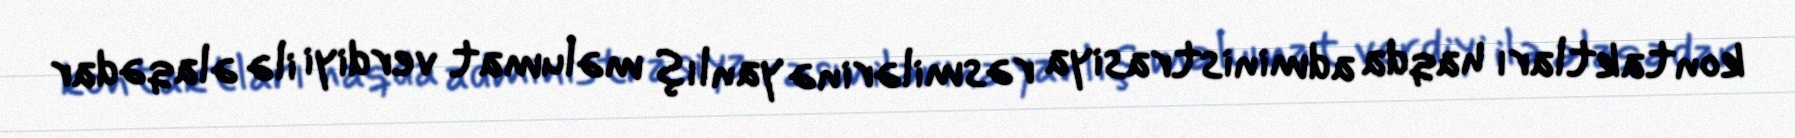
kontaktları haqda administrasiya rəsmilərinə yanlış məlumat verdiyi ilə əlaqədar